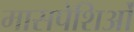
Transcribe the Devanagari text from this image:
मासपेशिओं